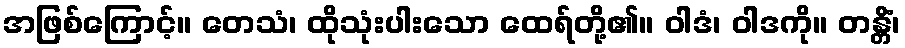
အဖြစ်ကြောင့်။ တေသံ၊ ထိုသုံးပါးသော ထေရ်တို့၏။ ဝါဒံ၊ ဝါဒကို။ တန္တိံ၊